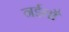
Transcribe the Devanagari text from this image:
नईयाँ